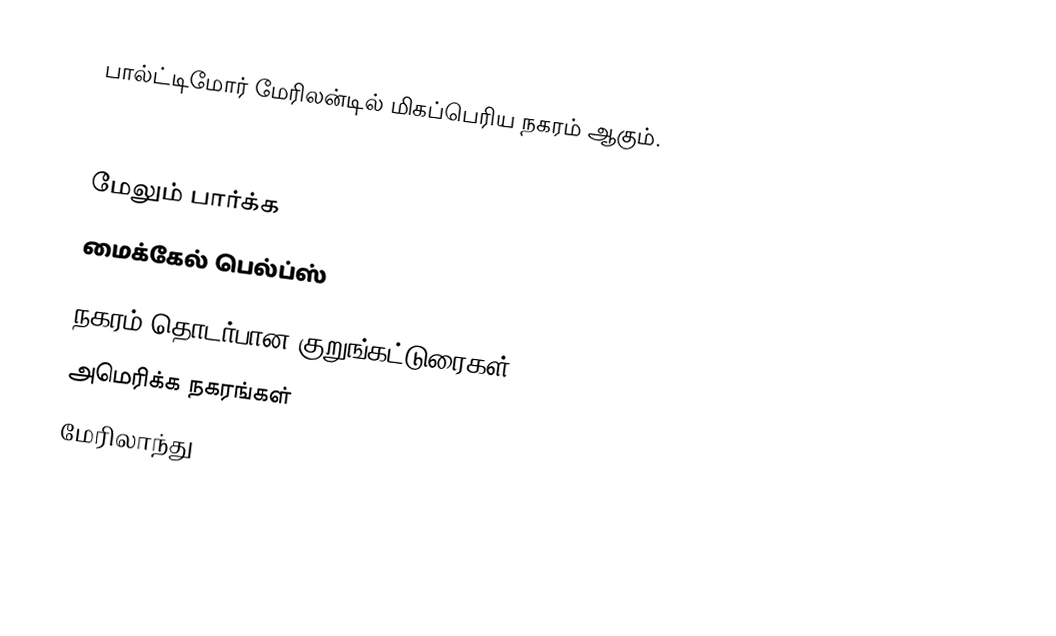
பால்ட்டிமோர் மேரிலன்டில் மிகப்பெரிய நகரம் ஆகும்.

மேலும் பார்க்க
 மைக்கேல் பெல்ப்ஸ்

நகரம் தொடர்பான குறுங்கட்டுரைகள்
அமெரிக்க நகரங்கள்
மேரிலாந்து